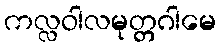
ကလ္လဝါလမုတ္တဂါမေ